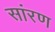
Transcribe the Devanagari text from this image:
सांरण